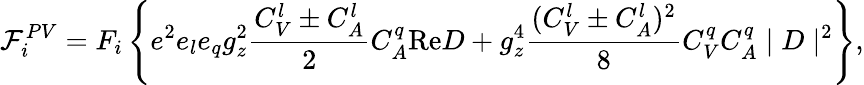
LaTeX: {\cal F}_{i}^{PV}=F_{i}\left\{ e^{2}e_{l}e_{q}g_{z}^{2}\frac{C_{V}^{l}\pm C_{A}^{l}}{2}C_{A}^{q}\mathrm{Re}D+g_{z}^{4}\frac{(C_{V}^{l}\pm C_{A}^{l})^{2}}{8}C_{V}^{q}C_{A}^{q}\mid D\mid^{2}\right\} ,